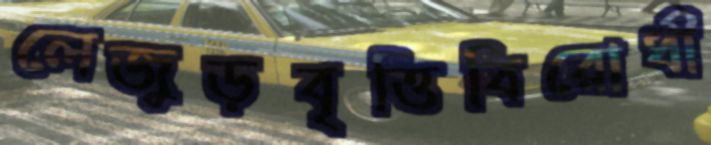
লেজুড়বৃত্তিবিরোধী